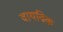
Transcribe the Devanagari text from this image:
वायविक